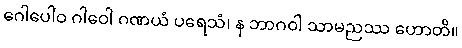
ဂေါပေါဝ ဂါဝေါ ဂဏယံ ပရေသံ၊ န ဘာဂဝါ သာမညဿ ဟောတိ။